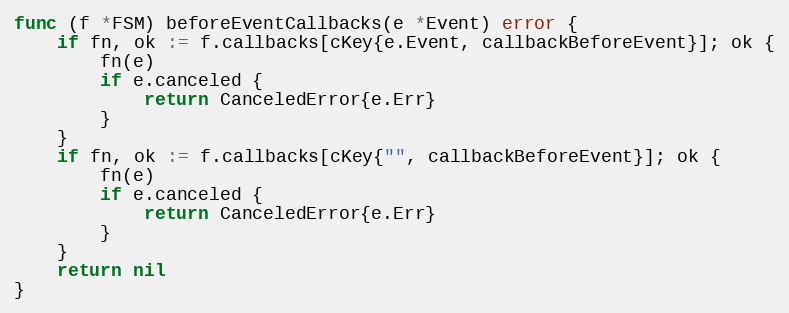
Language: Go
func (f *FSM) beforeEventCallbacks(e *Event) error {
	if fn, ok := f.callbacks[cKey{e.Event, callbackBeforeEvent}]; ok {
		fn(e)
		if e.canceled {
			return CanceledError{e.Err}
		}
	}
	if fn, ok := f.callbacks[cKey{"", callbackBeforeEvent}]; ok {
		fn(e)
		if e.canceled {
			return CanceledError{e.Err}
		}
	}
	return nil
}